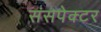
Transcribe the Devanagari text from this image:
संसपेक्टर